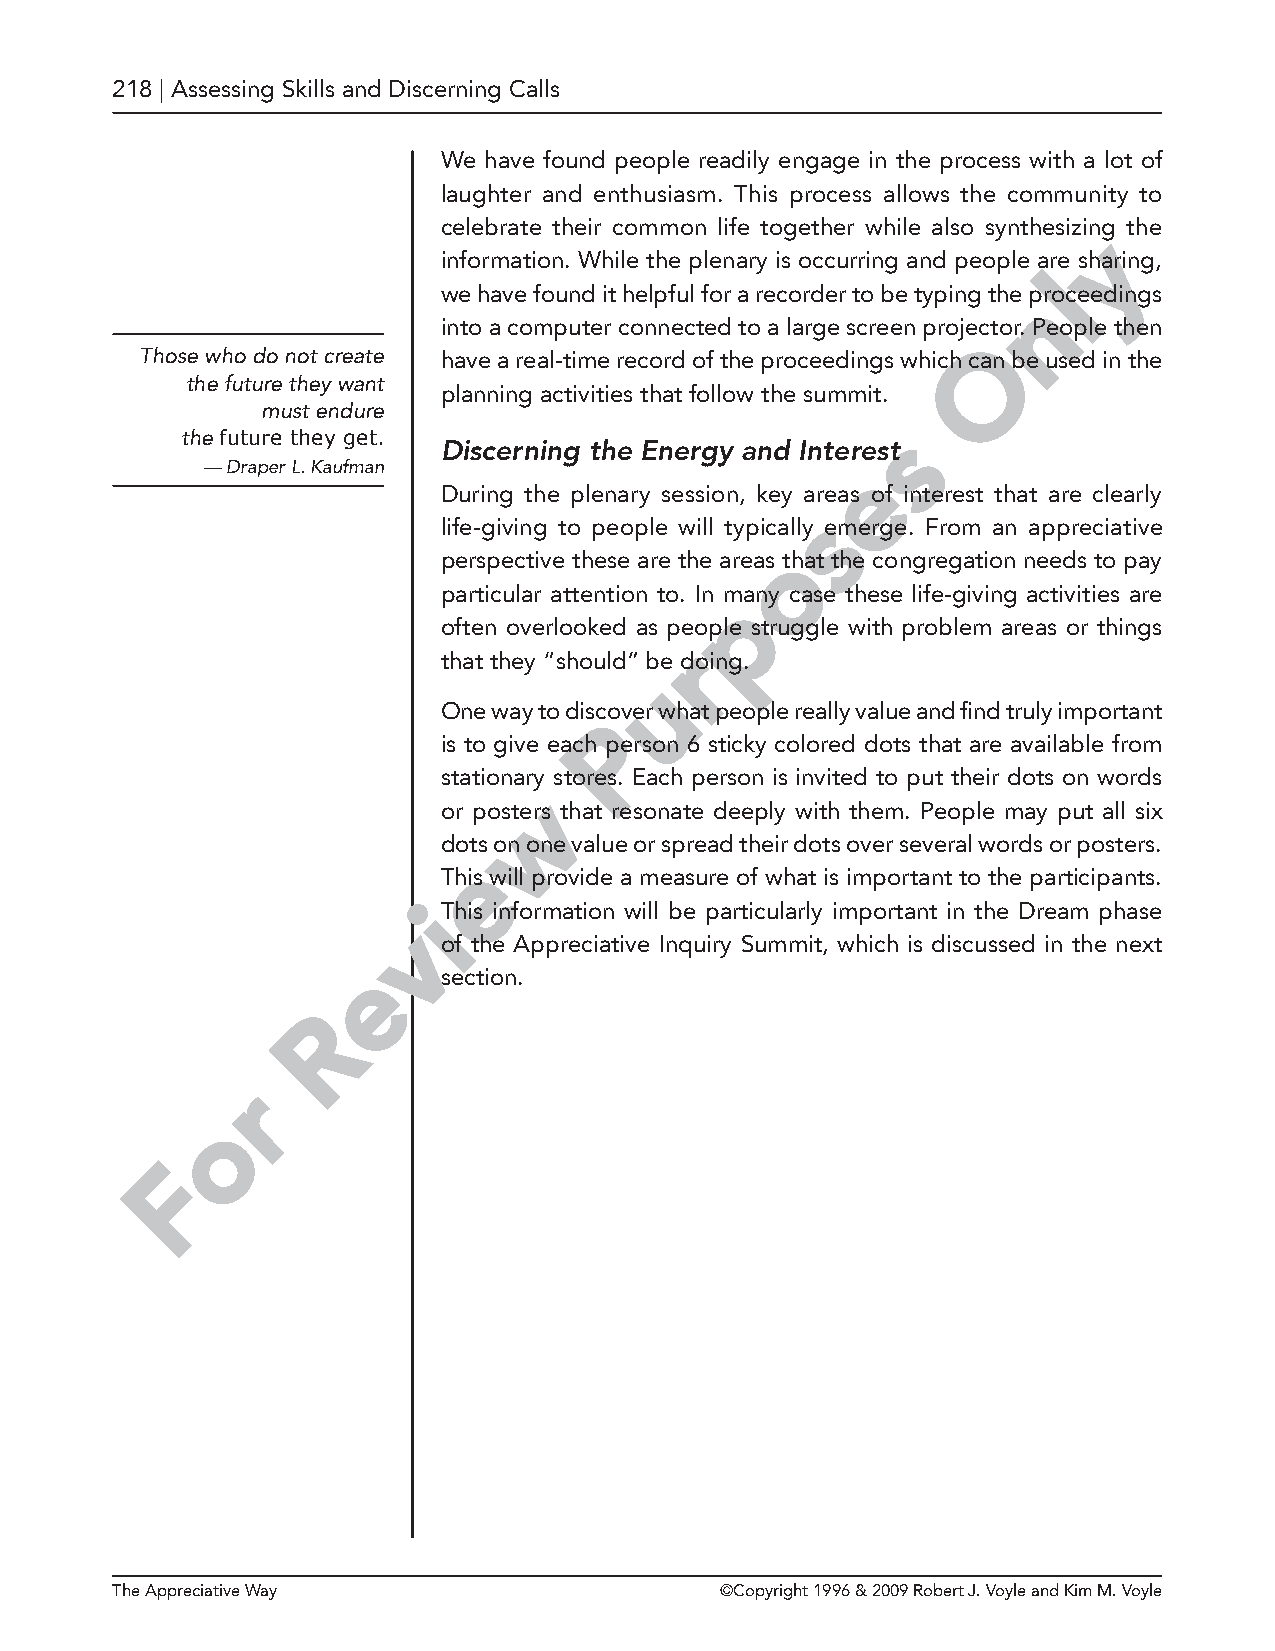
218 | Assessing Skills and Discerning Calls
 We have found people readily engage in the process with a lot of
 laughter and enthusiasm. This process allows the community to
 celebrate their common life together while also synthesizing the
 y
 information. While the plenary is occurring and people are sharing,
 l
 we have found it helpful for a recorder to be typing the nproceedings
 into a computer connected to a large screen projector. People then
 O
 Those who do not create have a real-time record of the proceedings which can be used in the
 the future they want
 planning activities that follow the summit.
 must endure
 the future they get.                           s
 Discerning the Energy and Interest
 — Draper L. Kaufman                         e
 During the plenary session, key areas of interest that are clearly
 s
 life-giving to people will typically emerge. From an appreciative
 o
 perspective these are the areas that the congregation needs to pay
 particular attention to. In mpany case these life-giving activities are
 often overlooked as people struggle with problem areas or things
 r
 that they “should” be doing.
 u
 One way to discover what people really value and find truly important
 P
 is to give each person 6 sticky colored dots that are available from
 stationary stores. Each person is invited to put their dots on words
 w
 or posters that resonate deeply with them. People may put all six
 dots on one value or spread their dots over several words or posters.
 e
 This will provide a measure of what is important to the participants.
 iThis information will be particularly important in the Dream phase
 v
 of the Appreciative Inquiry Summit, which is discussed in the next
 e
 section.
 R
 r
 o
 F
 The Appreciative Way                     ©Copyright 1996 & 2009 Robert J. Voyle and Kim M. Voyle